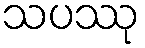
သပဿု